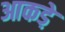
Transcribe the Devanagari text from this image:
आकडे़